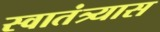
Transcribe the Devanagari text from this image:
स्वातंत्र्यास